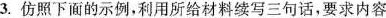
3.仿照下面的示例，利用所给材料续写三句话，要求内容